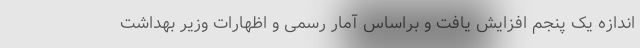
اندازه یک پنجم افزایش یافت و براساس آمار رسمی و اظهارات وزیر بهداشت